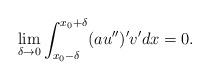
LaTeX: \begin{align*}\lim_{\delta \rightarrow 0} \int_{x_0- \delta}^{x_0+ \delta}(au'')'v'dx =0.\end{align*}